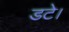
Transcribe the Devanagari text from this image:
डटे।